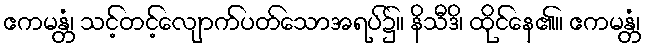
ဧကမန္တံ၊ သင့်တင့်လျောက်ပတ်သောအရပ်၌။ နိသီဒိ၊ ထိုင်နေ၏။ ဧကမန္တံ၊